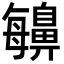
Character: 𪖬